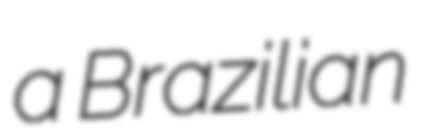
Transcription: a Brazilian